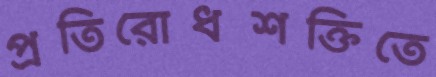
প্রতিরোধশক্তিতে